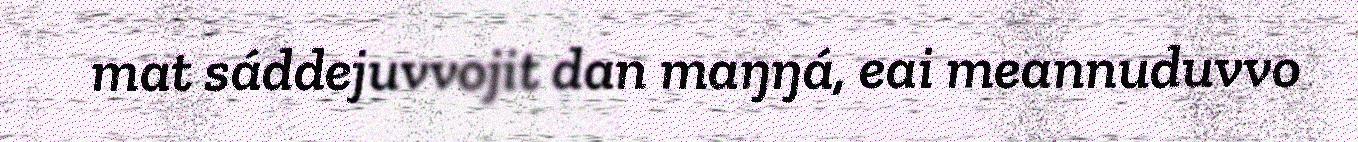
mat sáddejuvvojit dan maŋŋá, eai meannuduvvo